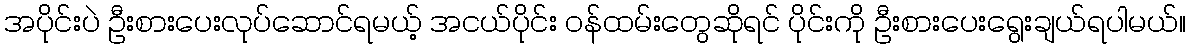
အပိုင်းပဲ ဦးစားပေးလုပ်ဆောင်ရမယ့် အငယ်ပိုင်း ဝန်ထမ်းတွေဆိုရင် ပိုင်းကို ဦးစားပေးရွေးချယ်ရပါမယ်။